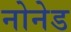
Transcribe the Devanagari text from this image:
नोनेड